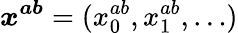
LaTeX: \boldsymbol{x^{ab}}=(x_{0}^{ab},x_{1}^{ab},\ldots)